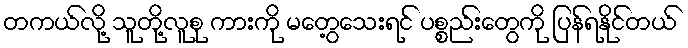
တကယ်လို့ သူတို့လူစု ကားကို မတွေ့သေးရင် ပစ္စည်းတွေကို ပြန်ရနိုင်တယ်